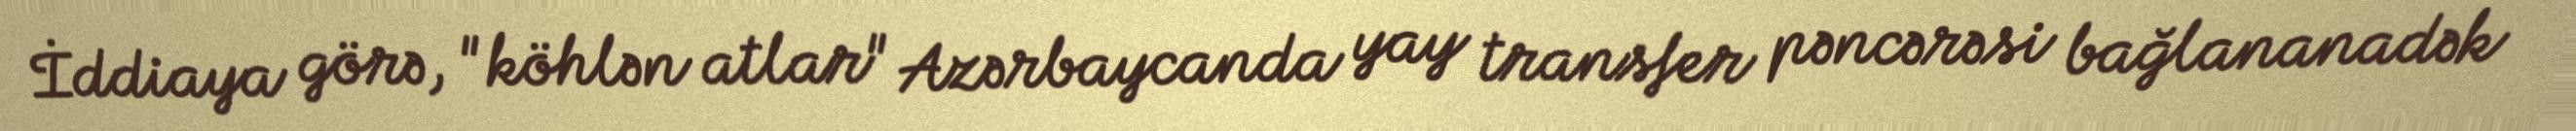
İddiaya görə, "köhlən atlar" Azərbaycanda yay transfer pəncərəsi bağlananadək